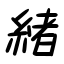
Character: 緒